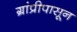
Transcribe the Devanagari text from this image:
ग्रांप्रीपासून